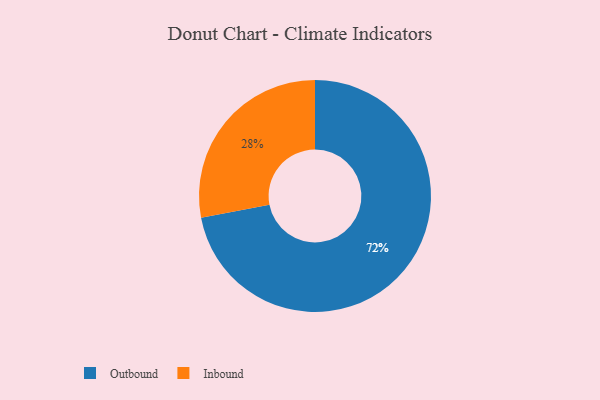
{"axis": {"x": "Category", "y": "Percentage"}, "legend": ["Inbound", "Outbound"], "data": [{"x": "Outbound", "y": 72, "type": "Outbound"}, {"x": "Inbound", "y": 28, "type": "Inbound"}]}